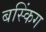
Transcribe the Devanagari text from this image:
बस्किंग